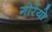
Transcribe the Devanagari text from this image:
गोरेयो